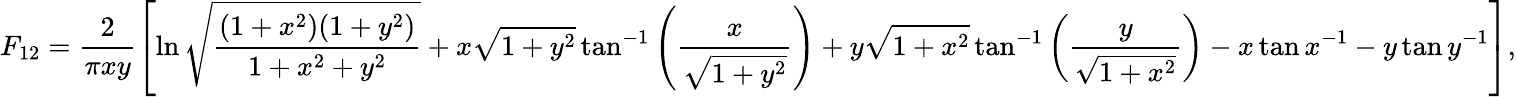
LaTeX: F_{12}=\frac{2}{\pi xy}\left[\ln{\sqrt{\frac{(1+x^{2})(1+y^{2})}{1+x^{2}+y^{2}}}}+x\sqrt{1+y^{2}}\tan^{-1}\left(\frac{x}{\sqrt{1+y^{2}}}\right)+y\sqrt{1+x^{2}}\tan^{-1}\left(\frac{y}{\sqrt{1+x^{2}}}\right)-x\tan{x}^{-1}-y\tan{y}^{-1}\right]{,}